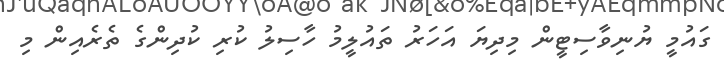
ގައުމީ ޔުނިވާސިޓީން މިދިޔަ އަހަރު ތައުލީމު ހާސިލު ކުރި ކުދިންގެ ތެރެއިން މި